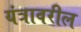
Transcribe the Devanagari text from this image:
यंत्रावरील